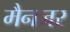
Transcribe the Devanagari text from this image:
मैनजर